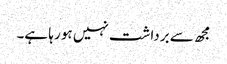
مجھ سے برداشت نہیں ہو رہا ہے۔